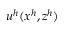
u ^ { h } ( x ^ { h } , z ^ { h } )